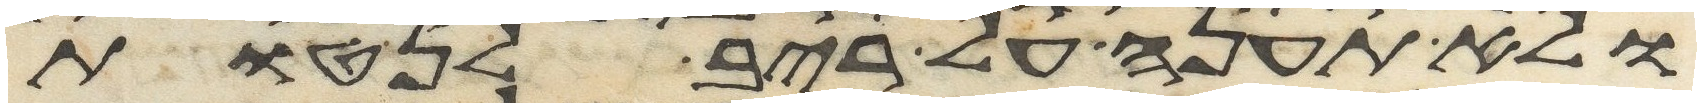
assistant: ולא תענה על ריב לנטות